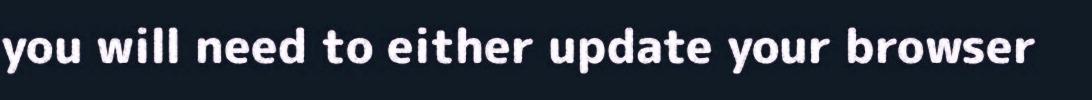
you will need to either update your browser